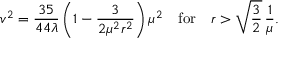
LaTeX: v ^ { 2 } = \frac { 3 5 } { 4 4 \lambda } \left( 1 - \frac { 3 } { 2 \mu ^ { 2 } r ^ { 2 } } \right) \mu ^ { 2 } \quad \mathrm { f o r } \quad r > \sqrt { \frac { 3 } { 2 } } \, \frac { 1 } { \mu } .